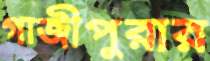
গাজীপুরার